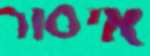
איסור